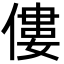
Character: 僂